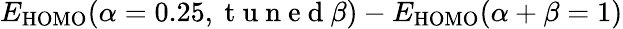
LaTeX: E_{\mathrm{HOMO}}(\alpha=0.25,\mathrm{~t~u~n~e~d~}\beta)-E_{\mathrm{HOMO}}(\alpha+\beta=1)